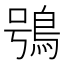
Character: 鴞